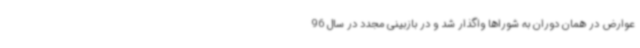
عوارض در همان دوران به شوراها واگذار شد و در بازبینی مجدد در سال 96